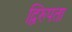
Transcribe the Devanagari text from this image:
द्विरुपता